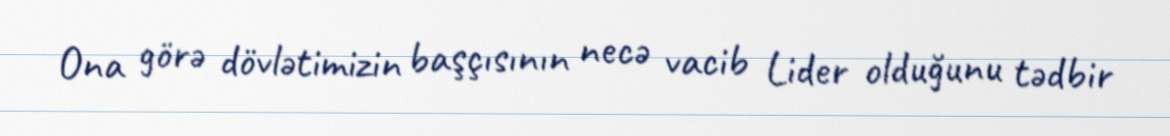
Ona görə dövlətimizin başçısının necə vacib Lider olduğunu tədbir